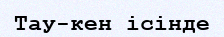
Тау-кен ісінде